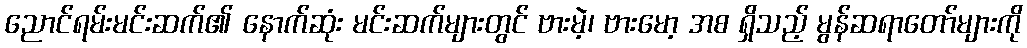
ညောင်ရမ်းမင်းဆက်၏ နောက်ဆုံး မင်းဆက်များတွင် ဗားမဲ့၊ ဗားမော့ အစ ရှိသည့် မွန်ဆရာတော်များကို